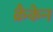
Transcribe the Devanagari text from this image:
क्रैकेन